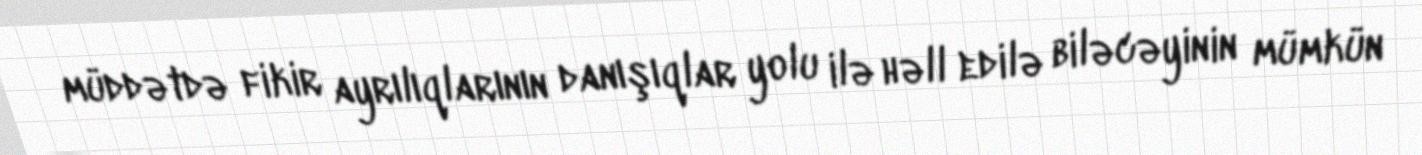
müddətdə fikir ayrılıqlarının danışıqlar yolu ilə həll edilə biləcəyinin mümkün